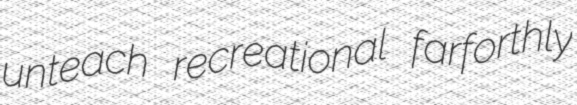
unteach recreational farforthly